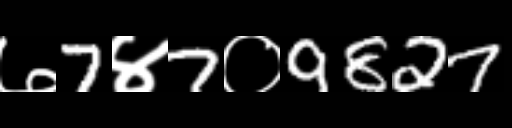
Text: ७7४7०9827